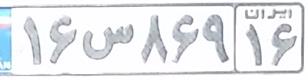
۱۶س۸۶۹۱۶